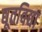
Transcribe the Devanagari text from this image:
द्यूतविद्या